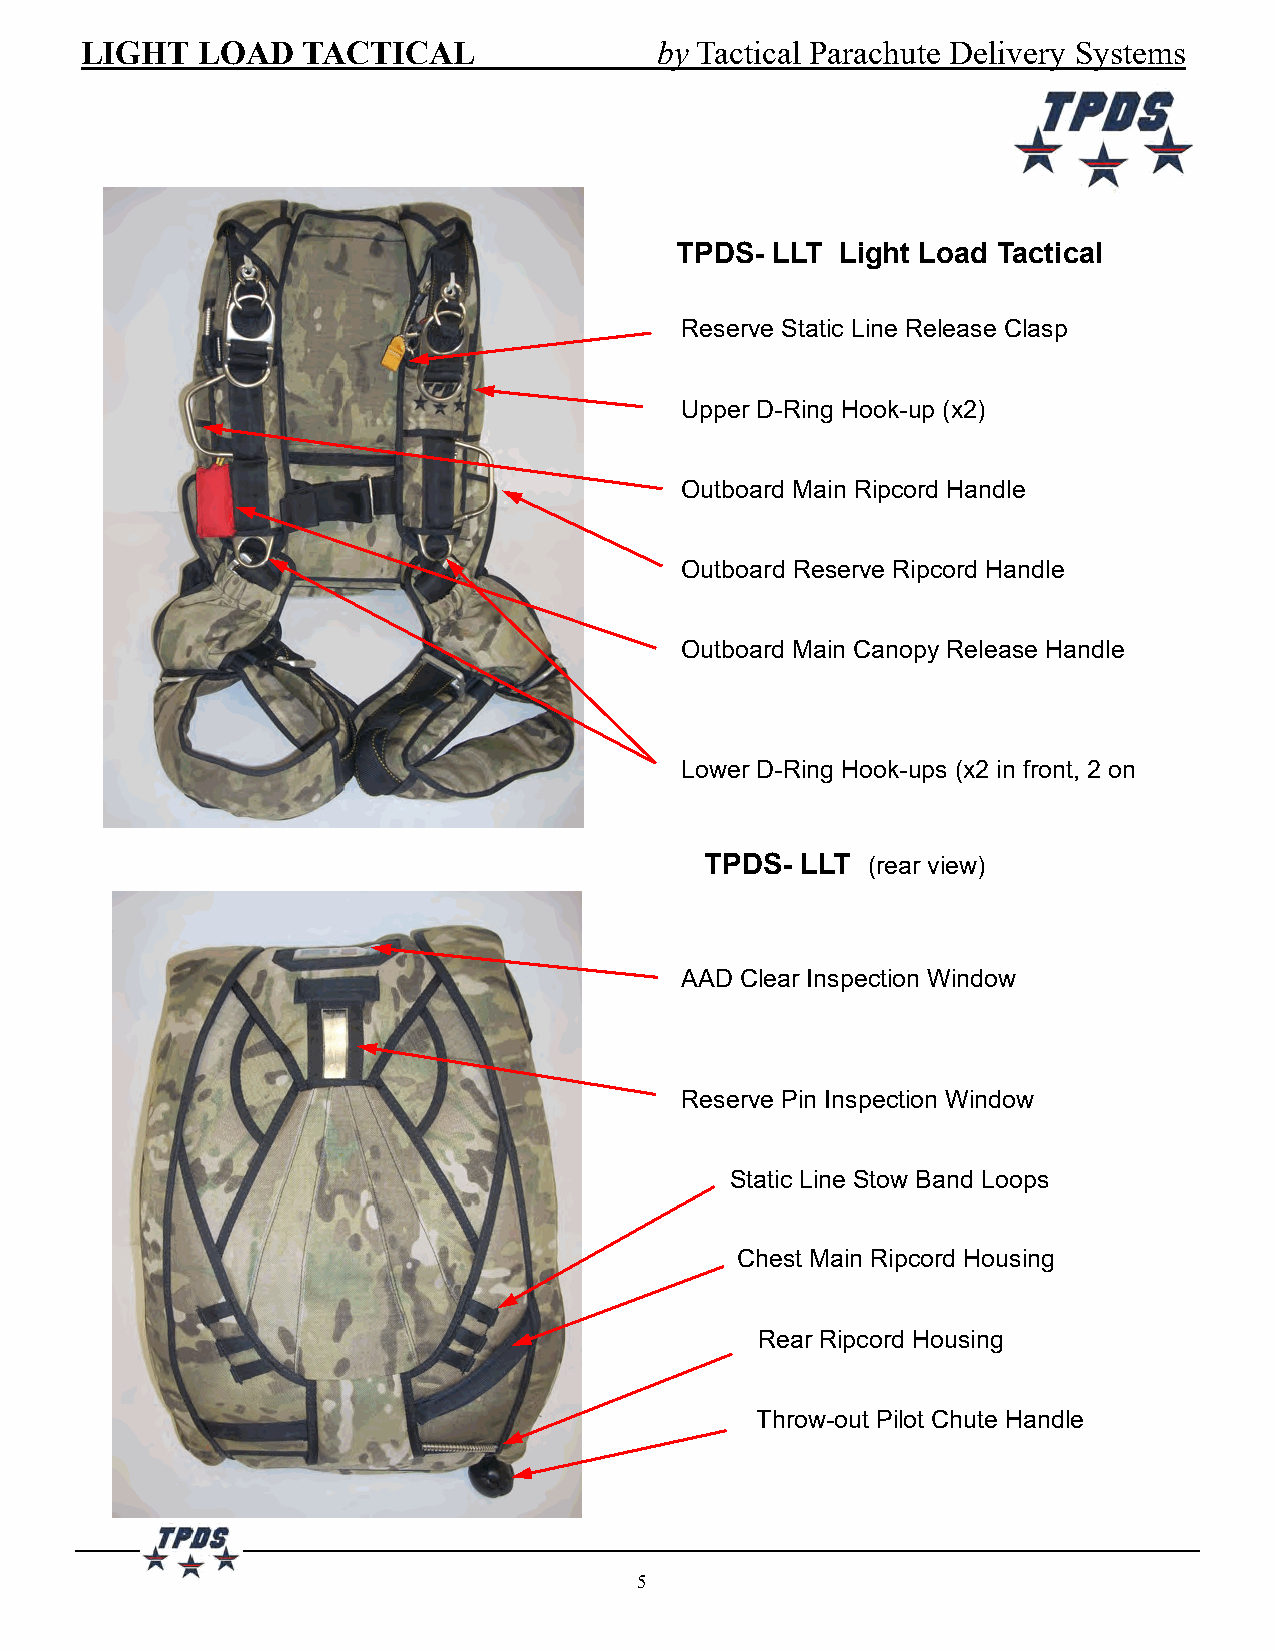
LIGHT   LOAD   TACTICAL               by Tactical Parachute Delivery Systems
 TPDS- LLT  Light Load Tactical
 Reserve Static Line Release Clasp
 Upper D-Ring Hook-up (x2)
 Outboard Main Ripcord Handle
 Outboard Reserve Ripcord Handle
 Outboard Main Canopy Release Handle
 Lower D-Ring Hook-ups (x2 in front, 2 on
 TPDS- LLT (rear view)
 AAD Clear Inspection Window
 Reserve Pin Inspection Window
 Static Line Stow Band Loops
 Chest Main Ripcord Housing
 Rear Ripcord Housing
 Throw-out Pilot Chute Handle
 5